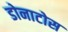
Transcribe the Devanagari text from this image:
डोनाटोस